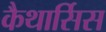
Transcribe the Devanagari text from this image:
कैथार्सिस